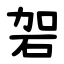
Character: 䂟